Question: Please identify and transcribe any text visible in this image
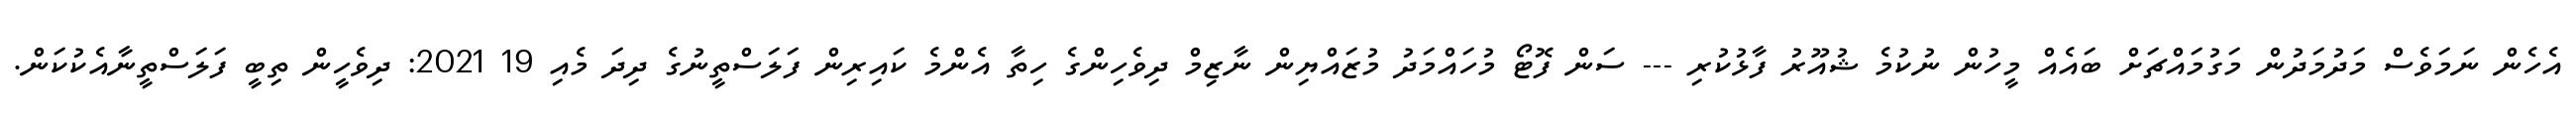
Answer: އެހެން ނަމަވެސް މަދުމަދުން މަގުމައްޗަށް ބައެއް މީހުން ނުކުމެ ޝުއޫރު ފާޅުކުރި --- ސަން ފޮޓޯ މުހައްމަދު މުޒައްޔިން ނާޒިމް ދިވެހިންގެ ހިތާ އެންމެ ކައިރިން ފަލަސްތީނުގެ ދިދަ މެއި 19 2021: ދިވެހީން ތިބީ ފަލަސްތީނާއެކުކަން.